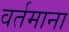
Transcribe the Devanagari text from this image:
वर्तमाना